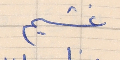
غشيم